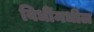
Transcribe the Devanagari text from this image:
विधींमधील